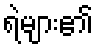
ရဲများ၏